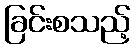
ခြင်းစသည့်